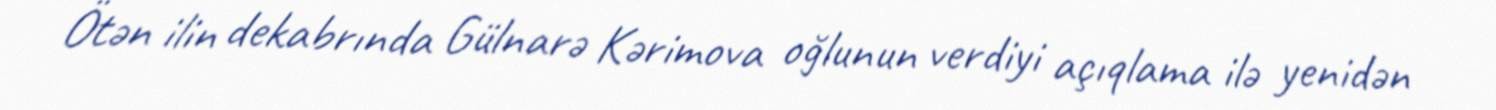
Ötən ilin dekabrında Gülnarə Kərimova oğlunun verdiyi açıqlama ilə yenidən